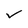
Character: v